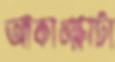
আকাঙ্ক্ষাটা